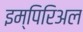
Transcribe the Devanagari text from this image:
इम्पिरिअल